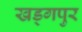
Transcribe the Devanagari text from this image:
खड्‍गपुर